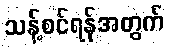
သန့်စင်ရန်အတွက်